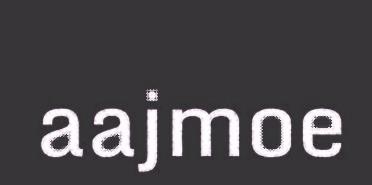
aajmoe